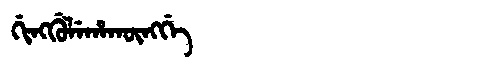
Manchu: ᡤᡳᠩᡤᡠᠯᡝᡥᠠᡴᡡᠩᡤᡝ
Romanization: GINGGULEHAKŪNGGE